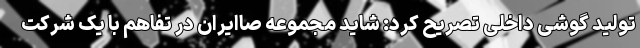
تولید گوشی داخلی تصریح کرد: شاید مجموعه صاایران در تفاهم با یک شرکت